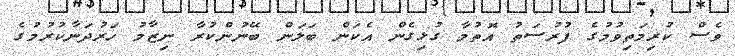
ވެސް ކުރިމަތިވުމުގެ ފުރުސަތު އޮތުމާ ގުޅިގެން އެކަން ބަލަން ބޭނުންކުރާ ނިޒާމު ހަރުދަނާކުރުމުގެ